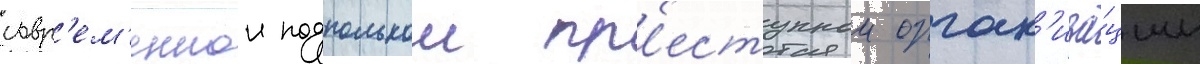
совр'ем'еннои подпольнои пр'еступнои орган'иза́ции